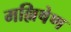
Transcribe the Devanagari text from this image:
मल्लिषेण